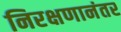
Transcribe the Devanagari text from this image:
निरक्षणानंतर